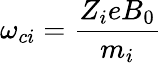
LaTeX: \omega_{ci}=\frac{Z_{i}eB_{0}}{m_{i}}